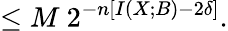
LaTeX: \leq M\ 2^{-n\left[I\left(X;B\right)-2\delta\right]}.